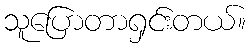
သူပြောတာရှင်းတယ်။